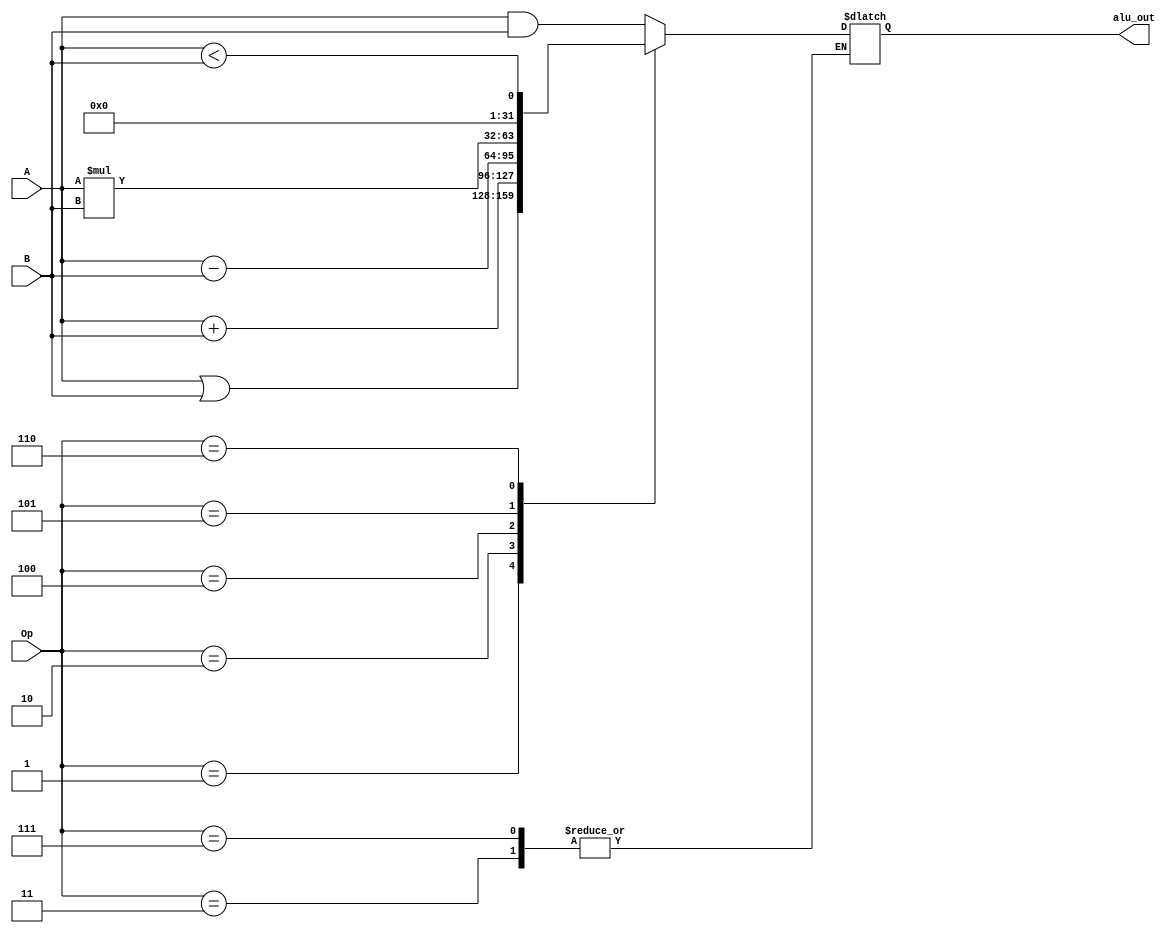
module alu (A,B,Op, alu_out);
input[2:0]Op;
input[31:0] A,B;
output reg [31:0] alu_out;
always @(*) begin
    case (Op)
        3'b000:  alu_out = A & B;
        3'b001:  alu_out = A | B;
        3'b010:  alu_out = A + B;
        3'b011: $display("Not Used");
        3'b100:  alu_out = A - B ;
        3'b101:  alu_out = A * B;
        3'b110: alu_out = (A<B);
        3'b111: $display("Not Used");
        default:  alu_out =31'b0; 
    endcase
end 
endmodule